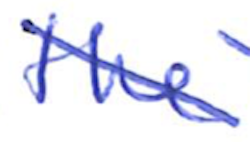
Text: the
Cross-out: diagonal
Writing tool: ballpoint